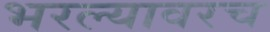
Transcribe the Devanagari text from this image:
भरल्यावरच